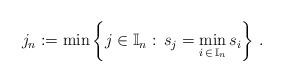
LaTeX: \begin{align*}j_n:=\min\left\{j\in {\mathbb I}_n:\,s_j=\min_{i\,\in\, {\mathbb I}_n}s_i\right\}\,.\end{align*}